Vaccination in the Punjab 1905-1918 - 1905-1918
Year: 1905
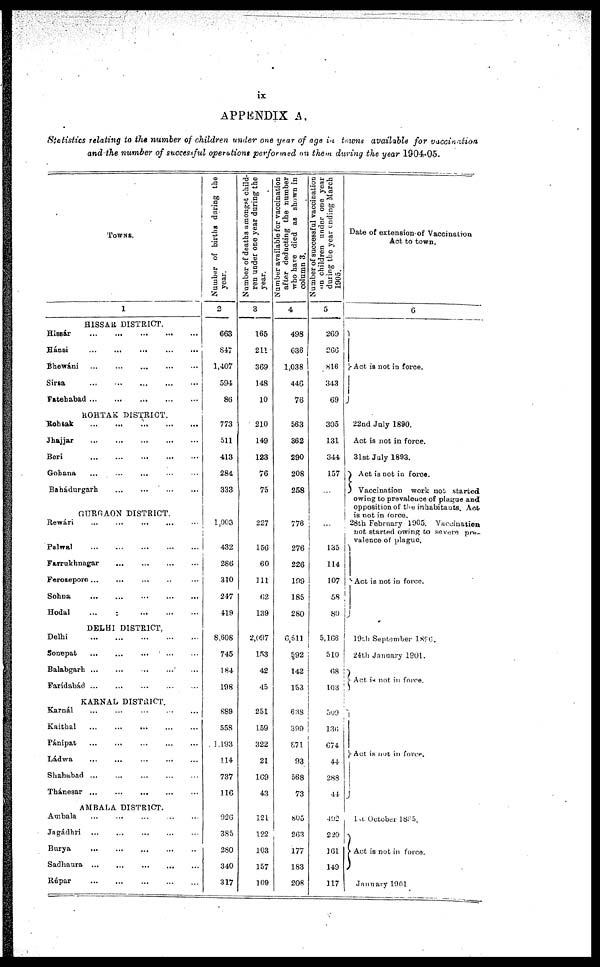
ix
APPENDIX A.
Statistics relating to the number of children under one year of age in towns available for
vaccination
and the number of successful operations performed on them during the year 1904-05.
TOWNS.
1
HISSAR DISTRICT.
Hissár
...
...
...
...
Hánsi
...
...
...
...
Bhewáni
...
...
...
...
Sirsa
...
...
...
...
Fatehabad
...
...
...
...
ROHTAK DISTRICT.
Rohtak
...
...
...
...
Jhajjar
...
...
...
...
Beri
...
...
...
...
Gohana... ... ... ...
Bahádurgarh... ... ... ...
GURGAON DISTRICT.
Rewari ... ... ... ...
Palwal...
...
...
...
Farrukhnagar... ... ... ...
Ferozepore... ... ... ...
Sohna...
...
...
...
Hodal...
...
...
...
DELHI DISTRICT,
Delhi
...
...
...
...
...
Sonepat
...
...
...
...
...
Balabgarh... ... ... ... ...
Farídabád ...
...
...
KARNAL DISTRICT.
Karnál
...
...
...
...
...
Kaithal
...
...
...
...
...
Pánipat
...
...
...
...
...
Ládwa ... ... ... ... ...
Shahabad
...
...
...
...
...
Thánesar
...
...
...
...
...
AMBALA DISTRICT.
Ambala ... ... ... ... ...
Jagádhri ... ... ... ... ...
Burya ... ... ... ... ...
Sadhaura ... ... ... ... ...
Rúpar ... ... ... ... ...
Number of births during the
year.
2
663
847
1,407
594
86
773
511
413
284
333
1,003
432
286
310
247
419
8,608
745
184
198
889
558
1,193
114
737
116
926
385
280
340
317
Number of deaths amongst child-
ren under one year daring the
year.
3
165
211
369
148
10
210
149
123
76
75
227
150
60
111
62
139
2,097
153
42
45
251
159
322
21
169
43
121
122
103
157
109
Number available for vaccination
after deducting the number
who have died as shown in
column 3.
4
498
636
1,038
446
76
563
362
290
208
258
776
276
226
199
185
280
6,511
592
142
153
638
399
871
93
568
73
805
263
177
183
208
Number of successful vaccination
an children under one year
during the year ending March
1905.
5
269
266
816
343
69
305
131
344
157
...
...
135
114
107
58
80
5,166
510
68
163
509
136
674
44
288
44
492
220
161
149
117
Date of extension of Vaccination
Act to town.
6
Act is not in force.
22nd July 1890.
Act is not in force.
31st July 1893.
Act is not in force.
Vaccination
work not started
owing to prevaleuce of plague and
opposition of the inhabitants. Act
is not in force.
28tb February 1905. Vaccination
not started owing to severe pre-
valence of plague.
Act is not in force.
19th September 1896.
24th January 1901.
Act is not in force.
Act is not in force.
1st October 1895.
Act is not in force.
January 1901